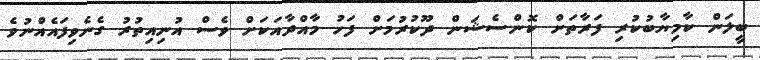
ބީލަން ކާމިޔާބުކުރި ފަރާތަށް ކޮންސެޝަން ދޫކުރުމަށް ފަހު މާއްދާއަކަށް ވެސް އުނިއިތުރު ގެނެވިފައެއްނުވެ